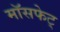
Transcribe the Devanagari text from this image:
मॉसफेट्